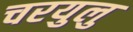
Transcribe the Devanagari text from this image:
चरयुलु